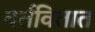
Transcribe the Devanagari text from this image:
वर्तवितात